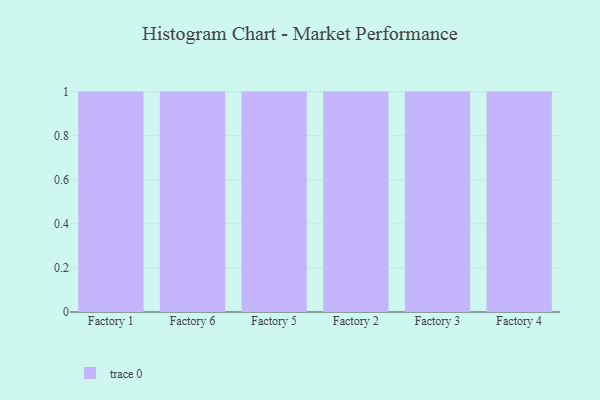
{"axis": {"x": "Factory", "y": "Humidity (%)"}, "legend": [""], "data": [{"x": "Factory 1", "y": 35, "type": ""}, {"x": "Factory 6", "y": 18, "type": ""}, {"x": "Factory 5", "y": 84, "type": ""}, {"x": "Factory 2", "y": 12, "type": ""}, {"x": "Factory 3", "y": 93, "type": ""}, {"x": "Factory 4", "y": 71, "type": ""}]}